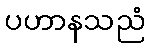
ပဟာနသညံ